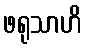
ဖရုသာဟိ